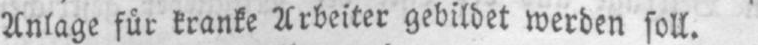
Anlage für kranke Arbeiter gebildet werben soll.